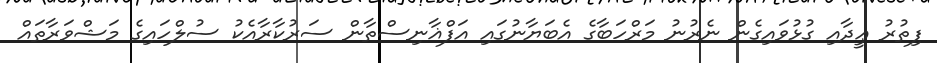
ފިތުރު ޢީދާއި ގުޅުވައިގެން ނެރުނު މަރްހަބާގެ އެބަޔާނުގައި އަފްޣާނިސްތާން ސަރުކާރާއެކު ސުލްހައިގެ މަޝްވަރާތައް